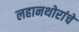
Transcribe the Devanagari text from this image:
लहानथोरांचे